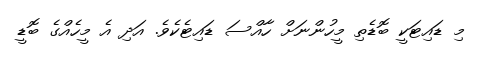
މި ޑައިޓަކީ ބޮޑެތި މީހުންނަށް ހާއްސަ ޑައިޓެކެވެ. އަދި އެ މީހެއްގެ ބޮޑީ